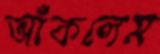
আঁকলেম